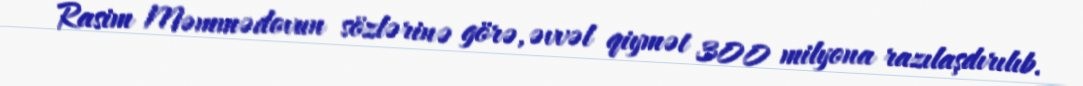
Rasim Məmmədovun sözlərinə görə, əvvəl qiymət 300 milyona razılaşdırılıb.